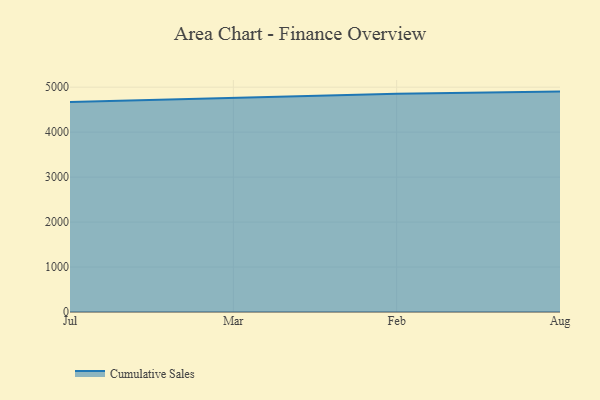
{"axis": {"x": "Month", "y": "Inventory Turnover"}, "legend": ["Cumulative Sales"], "data": [{"x": "Jul", "y": 4670.7, "type": "Cumulative Sales"}, {"x": "Mar", "y": 4758.1, "type": "Cumulative Sales"}, {"x": "Feb", "y": 4854.2, "type": "Cumulative Sales"}, {"x": "Aug", "y": 4901.7, "type": "Cumulative Sales"}]}